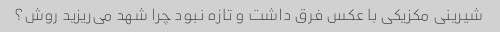
شیرینی مکزیکی با عکس فرق داشت و تازه نبود چرا شهد می‌ریزید روش؟